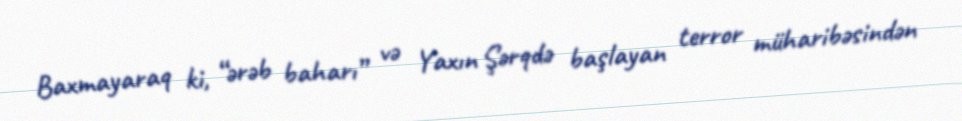
Baxmayaraq ki, “ərəb baharı” və Yaxın Şərqdə başlayan terror müharibəsindən